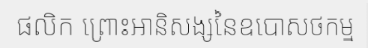
ផលិក ព្រោះអានិសង្សនៃឧបោសថកម្ម